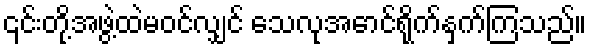
၎င်းတို့အဖွဲ့ထဲမဝင်လျှင် သေလုအောင်ရိုက်နှက်ကြသည်။